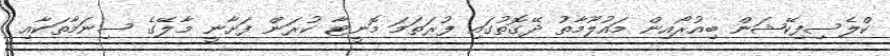
ކްލެސިފިކޭޝަން ބިއުރޯއިން މައުލޫމާތު ދޭގޮތުގައި ފުރަތަމަ މޮނީޓާ ކުރަން ފަށާނީ މާލޭގެ ސިނަމާތަކާއި